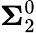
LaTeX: \mathbf{\Sigma}_{2}^{0}